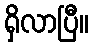
ရှိလာပြီ။